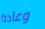
وعادة